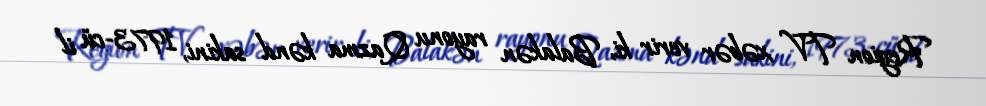
Region TV xəbər verir ki, Balakən rayonu Qazma kənd sakini, 1973-cü il